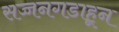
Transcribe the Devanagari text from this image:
सज्जनगडाहून